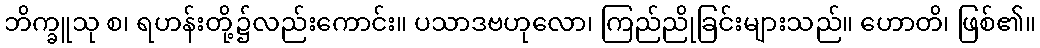
ဘိက္ခူသု စ၊ ရဟန်းတို့၌လည်းကောင်း။ ပသာဒဗဟုလော၊ ကြည်ညိုခြင်းများသည်။ ဟောတိ၊ ဖြစ်၏။